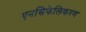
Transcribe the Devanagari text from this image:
एनसिफेलिकरण